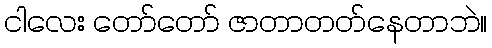
ငါလေး တော်တော် ဇာတာတတ်နေတာဘဲ။